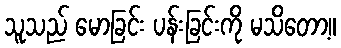
သူသည် မောခြင်း ပန်းခြင်းကို မသိတော့။